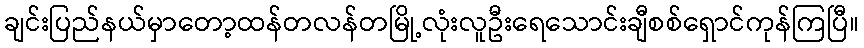
ချင်းပြည်နယ်မှာတော့ထန်တလန်တမြို့လုံးလူဦးရေသောင်းချီစစ်ရှောင်ကုန်ကြပြီ။